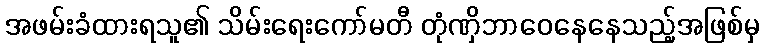
အဖမ်းခံထားရသူ၏ သိမ်းရေးကော်မတီ တုံဏှိဘာဝေနေနေသည့်အဖြစ်မှ